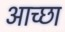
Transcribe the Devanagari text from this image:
आच्छा